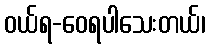
ဝယ်ရ-ဝေရပါသေးတယ်၊